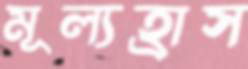
মূল্যহ্রাস